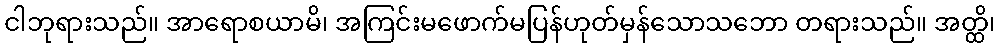
ငါဘုရားသည်။ အာရောစယာမိ၊ အကြင်းမဖောက်မပြန်ဟုတ်မှန်သောသဘော တရားသည်။ အတ္ထိ၊